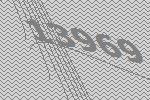
13969